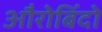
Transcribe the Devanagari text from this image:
औरोबिंदो